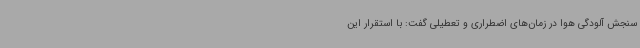
سنجش آلودگی هوا در زمان‌های اضطراری و تعطیلی گفت: با استقرار این